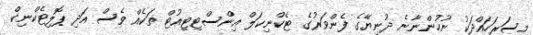
މިސަރަހައްދަކު ނުހުންނާނެ ދުނިޔޭގެ ފެންވަރުގެ ޓެކްނިކަލް އިންސްޓިޓިއުޓް ތަކެއް ވެސް އަދި ޕޮލިޓެކްނިކް